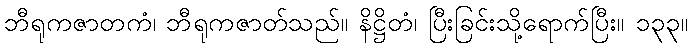
ဘီရုကဇာတကံ၊ ဘီရုကဇာတ်သည်။ နိဋ္ဌိတံ၊ ပြီးခြင်းသို့ရောက်ပြီး။ ၁၃၃။